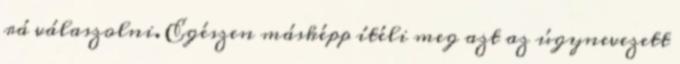
rá válaszolni. Egészen másképp ítéli meg azt az úgynevezett